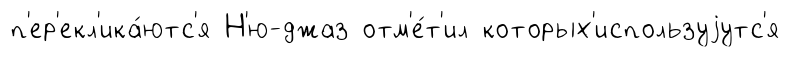
п'ер'екл'ика́ютс'я Н'ю-джаз отм'е́т'ил которых'используjутс'я